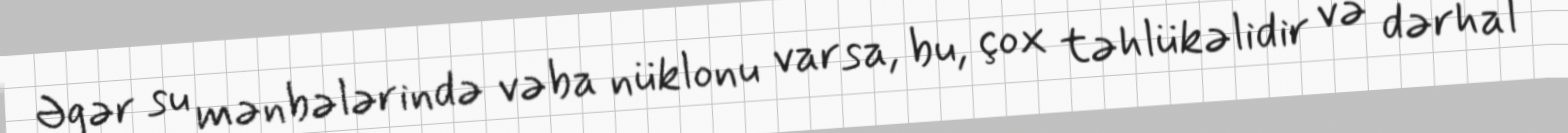
Əgər su mənbələrində vəba nüklonu varsa, bu, çox təhlükəlidir və dərhal